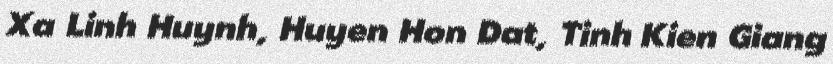
Xa Linh Huynh, Huyen Hon Dat, Tinh Kien Giang